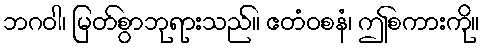
ဘဂဝါ၊ မြတ်စွာဘုရားသည်။ ဧတံဝစနံ၊ ဤစကားကို။